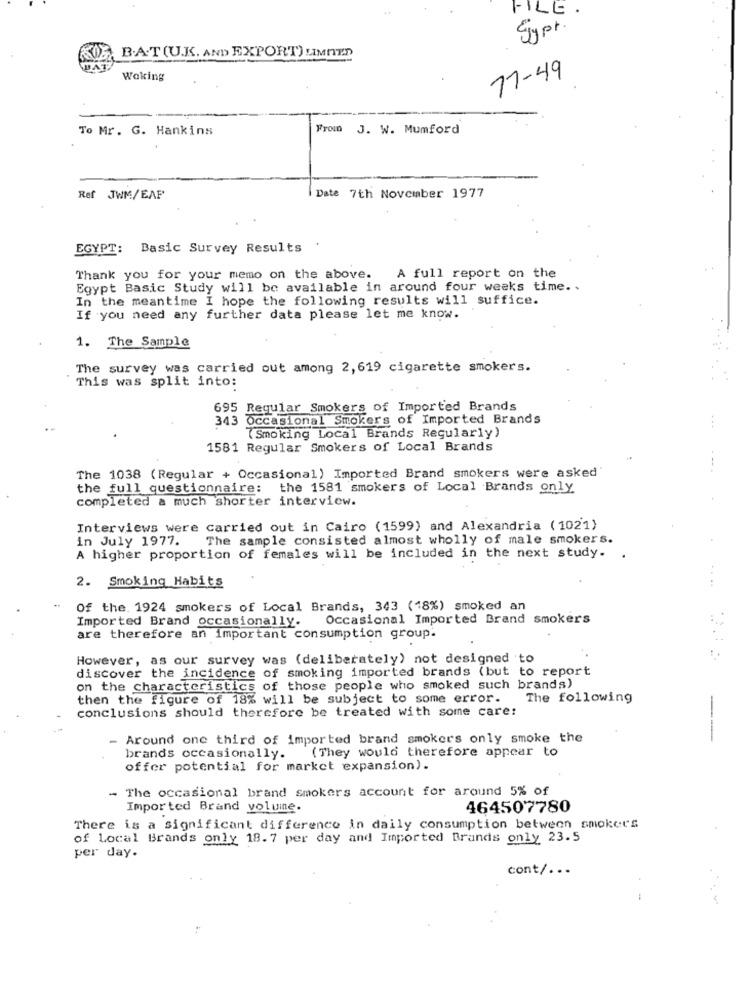
FILE
Sypt.
B.A.T (U.K. AND EXPORT) LIMNED
77-49
Woking
To Mr. G. Hankins
From J. W. Mumford
Ref JWM/EAF
Date 7th November 1977
EGYPT: Basic Survey Results
Thank you for your memo on the above.
A full report on the
Egypt Basic Study will be available in around four weeks time ..
In the meantime I hope the following results will suffice.
If you need any further data please let me know.
1. The Sample
The survey was carried out among 2, 619 cigarette smokers.
This was split into:
695 Regular Smokers of Imported Brands
343 Occasional Smokers of Imported Brands
( Smoking Local Brands Regularly)
1581 Regular Smokers of Local Brands
The 1038 (Regular + Occasional) Imported Brand smokers were asked
the full questionnaire: the 1581 smokers of Local Brands only
completed a much shorter interview.
Interviews were carried out in Cairo (1599) and Alexandria (1021)
in July 1977.
The sample consisted almost wholly of male smokers.
A higher proportion of females will be included in the next study. .
2. Smoking Habits
Of the. 1924 smokers of Local Brands, 343 (18%) smoked an
Imported Brand occasionally.
Occasional Imported Brand smokers
are therefore an important consumption group.
However, as our survey was (deliberately) not designed to
discover the incidence of smoking imported brands (but to report
on the characteristics of those people who smoked such brands)
then the figure of 18% will be subject to some error.
The following
conclusions should therefore be treated with some care:
- Around one third of imported brand smokers only smoke the
--
(They would therefore appear to
brands occasionally.
offer potential for market expansion).
- The occasional brand smokers account for around 5% of
Imported Brand voluine
464507780
There is a significant difference in daily consumption between smokers
of Local Brands only 18.7 per day and Imported Brands only 23.5
per day.
cont/. ..